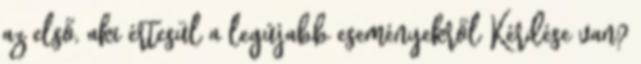
az első, aki értesül a legújabb eseményekről Kérdése van?